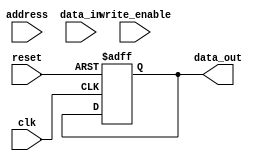
module DDR_SDRAM (
    input wire clk,
    input wire reset,
    input wire write_enable,
    input wire [13:0] address,
    input wire [31:0] data_in,
    output reg [31:0] data_out
);

// Controller for DDR SDRAM
reg state;
reg [1:0] read_data;

// Address decoding
reg [9:0] row_address;
reg [9:0] column_address;

always @(posedge clk or posedge reset) begin
    if (reset) begin
        state <= 2'b00;
        read_data <= 2'b00;
        row_address <= 10'b0;
        column_address <= 10'b0;
        data_out <= 32'b0;
    end else begin
        case (state)
            2'b00: begin // Idle state
                if (write_enable) begin
                    state <= 2'b01;
                    row_address <= address[9:0];
                    column_address <= address[13:10];
                end else begin
                    state <= 2'b00;
                end
            end
            2'b01: begin // Write state
                state <= 2'b00;
                
                // Write operation to memory
                
            end
            2'b10: begin // Read state
                state <= 2'b00;
                
                // Read operation from memory
                
                case (read_data)
                    2'b00: begin
                        data_out <= 32'b0; // Read data from memory
                        read_data <= 2'b01;
                    end
                    2'b01: begin
                        data_out <= 32'b1; // Read data from memory
                        read_data <= 2'b00;
                    end
                endcase
            end
        endcase
    end
end

endmodule